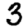
Digit: 3